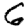
Digit: 6